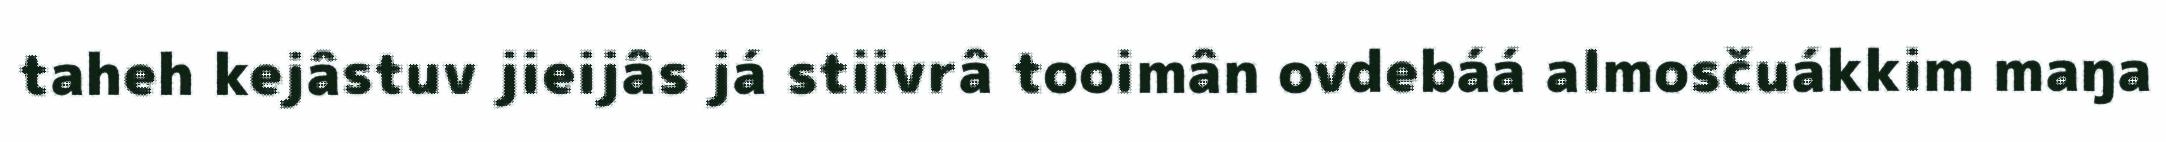
taheh kejâstuv jieijâs já stiivrâ tooimân ovdebáá almosčuákkim maŋa